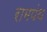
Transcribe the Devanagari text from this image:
रामपंथ